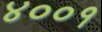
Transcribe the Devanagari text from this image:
४००१